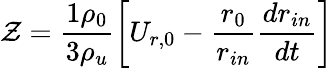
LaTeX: \mathcal{Z}=\frac{1\rho_{0}}{3\rho_{u}}\left[U_{r,0}-\frac{r_{0}}{r_{in}}\frac{dr_{in}}{dt}\right]